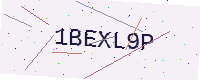
Text: 1BEXL9P